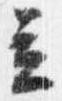
立